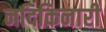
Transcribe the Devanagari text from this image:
नदिकिनारी